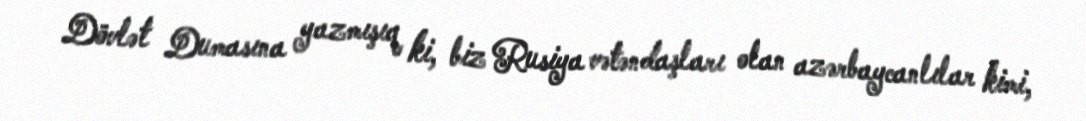
Dövlət Dumasına yazmışıq ki, biz Rusiya vətəndaşları olan azərbaycanlılar kimi,